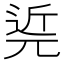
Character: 𨓢